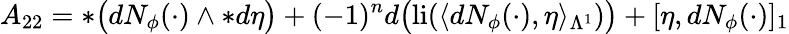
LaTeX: A_{22}=\ast\big(dN_{\phi}(\cdot)\wedge\ast d\eta\big)+(-1)^{n}d\big(\mathrm{li}(\langle dN_{\phi}(\cdot),\eta\rangle_{\Lambda^{1}})\big)+[\eta,dN_{\phi}(\cdot)]_{1}